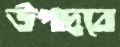
উপদ্রবে